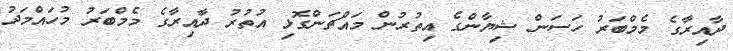
ދާއިރާގެ މެމްބަރު ހަސަން ޝިޔާންގެ އިތުރުން މައްޗަންގޮޅި އުތުރު ދާއިރާގެ މެމްބަރު މުހައްމަދު